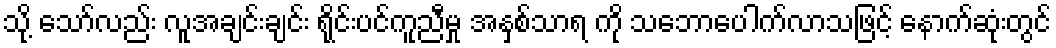
သို့ သော်လည်း လူအချင်းချင်း ရိုင်းပင်ကူညီမှု အနှစ်သာရ ကို သဘောပေါက်လာသဖြင့် နောက်ဆုံးတွင်